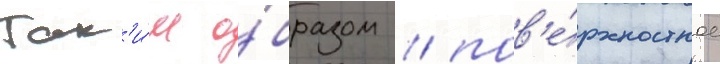
Так'и́м о́бразом / пов'е́рхностное